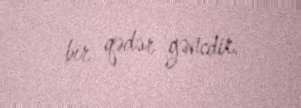
bir qədər gəncdir.